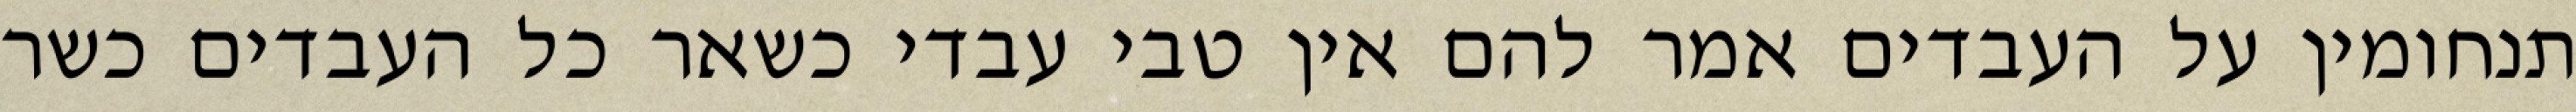
תנחומין על העבדים אמר להם אין טבי עבדי כשאר כל העבדים כשר